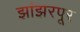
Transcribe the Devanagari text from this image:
झांझरपूर